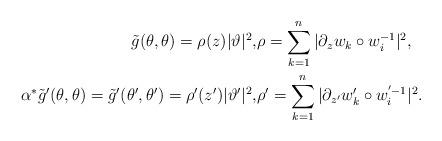
LaTeX: \begin{align*}\tilde{g}(\theta,\theta)=\rho(z)|\vartheta|^2, & \rho=\sum_{k=1}^{n}|\partial_{z}w_k\circ w_i^{-1}|^2, \\\alpha^{*}\tilde{g}'(\theta,\theta)=\tilde{g}'(\theta',\theta')=\rho'(z')|\vartheta'|^2, & \rho'=\sum_{k=1}^{n}|\partial_{z'}w'_k\circ w_i^{'-1}|^2.\end{align*}